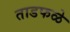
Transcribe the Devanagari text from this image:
ताडफळे